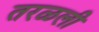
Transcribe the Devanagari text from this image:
तरळली